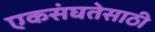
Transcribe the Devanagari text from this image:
एकसंघतेसाठी